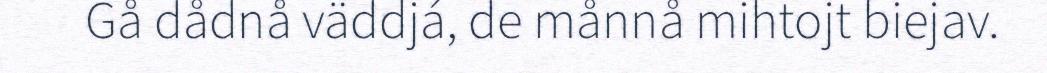
Gå dådnå väddjá, de månnå mihtojt biejav.